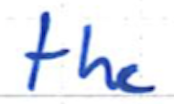
Text: the
Cross-out: clean
Writing tool: ballpoint